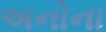
અનોના